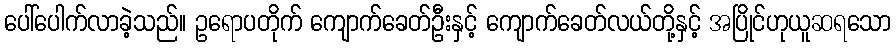
ပေါ်ပေါက်လာခဲ့သည်။ ဥရောပတိုက် ကျောက်ခေတ်ဦးနှင့် ကျောက်ခေတ်လယ်တို့နှင့် အပြိုင်ဟုယူဆရသော